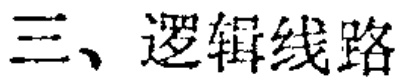
三、逻辑线路